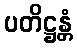
ပတိဋ္ဌန္တံ